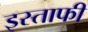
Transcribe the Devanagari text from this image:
इस्ताफी